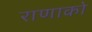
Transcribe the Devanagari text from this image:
राणाको